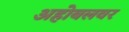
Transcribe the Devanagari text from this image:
अहोबलवर